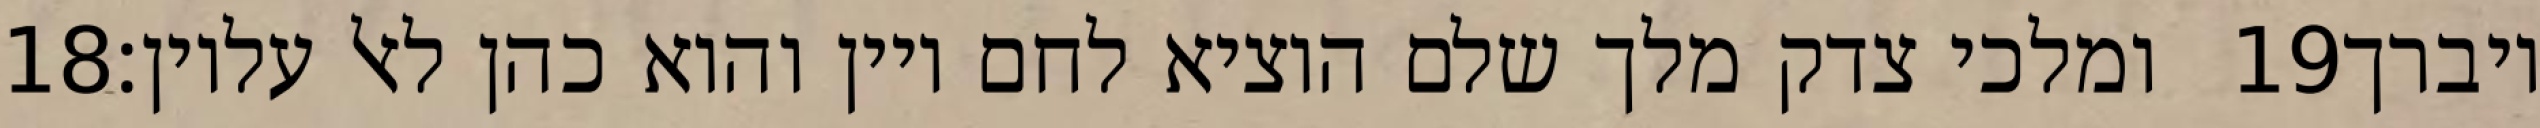
‎18‏ ומלכי צדק מלך שלם הוציא לחם ויין והוא כהן לאל עליון׃ ‎19‏ ויברך